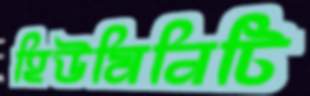
হিউমিনিটি